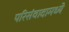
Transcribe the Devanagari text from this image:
परिसंवादामध्ये